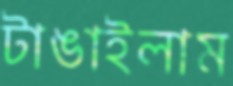
টাঙাইলাম